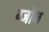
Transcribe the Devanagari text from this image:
ग्जोन